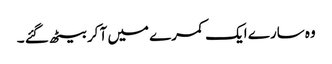
وہ سارے ایک کمرے میں آ کر بیٹھ گئے ۔